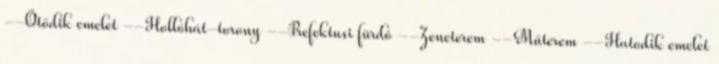
--Ötödik emelet --Hollóhát-torony --Prefektusi fürdő --Zeneterem --Műterem --Hatodik emelet